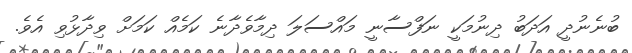
ބުނެނުދީ އަދަބު ދިނުމަކީ ނަފްސާނީ މައްސަލަ ދިމާވެދާނެ ކަމެއް ކަމަށް ވިދާޅުވި އެވެ.